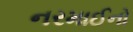
નરમાઈનો